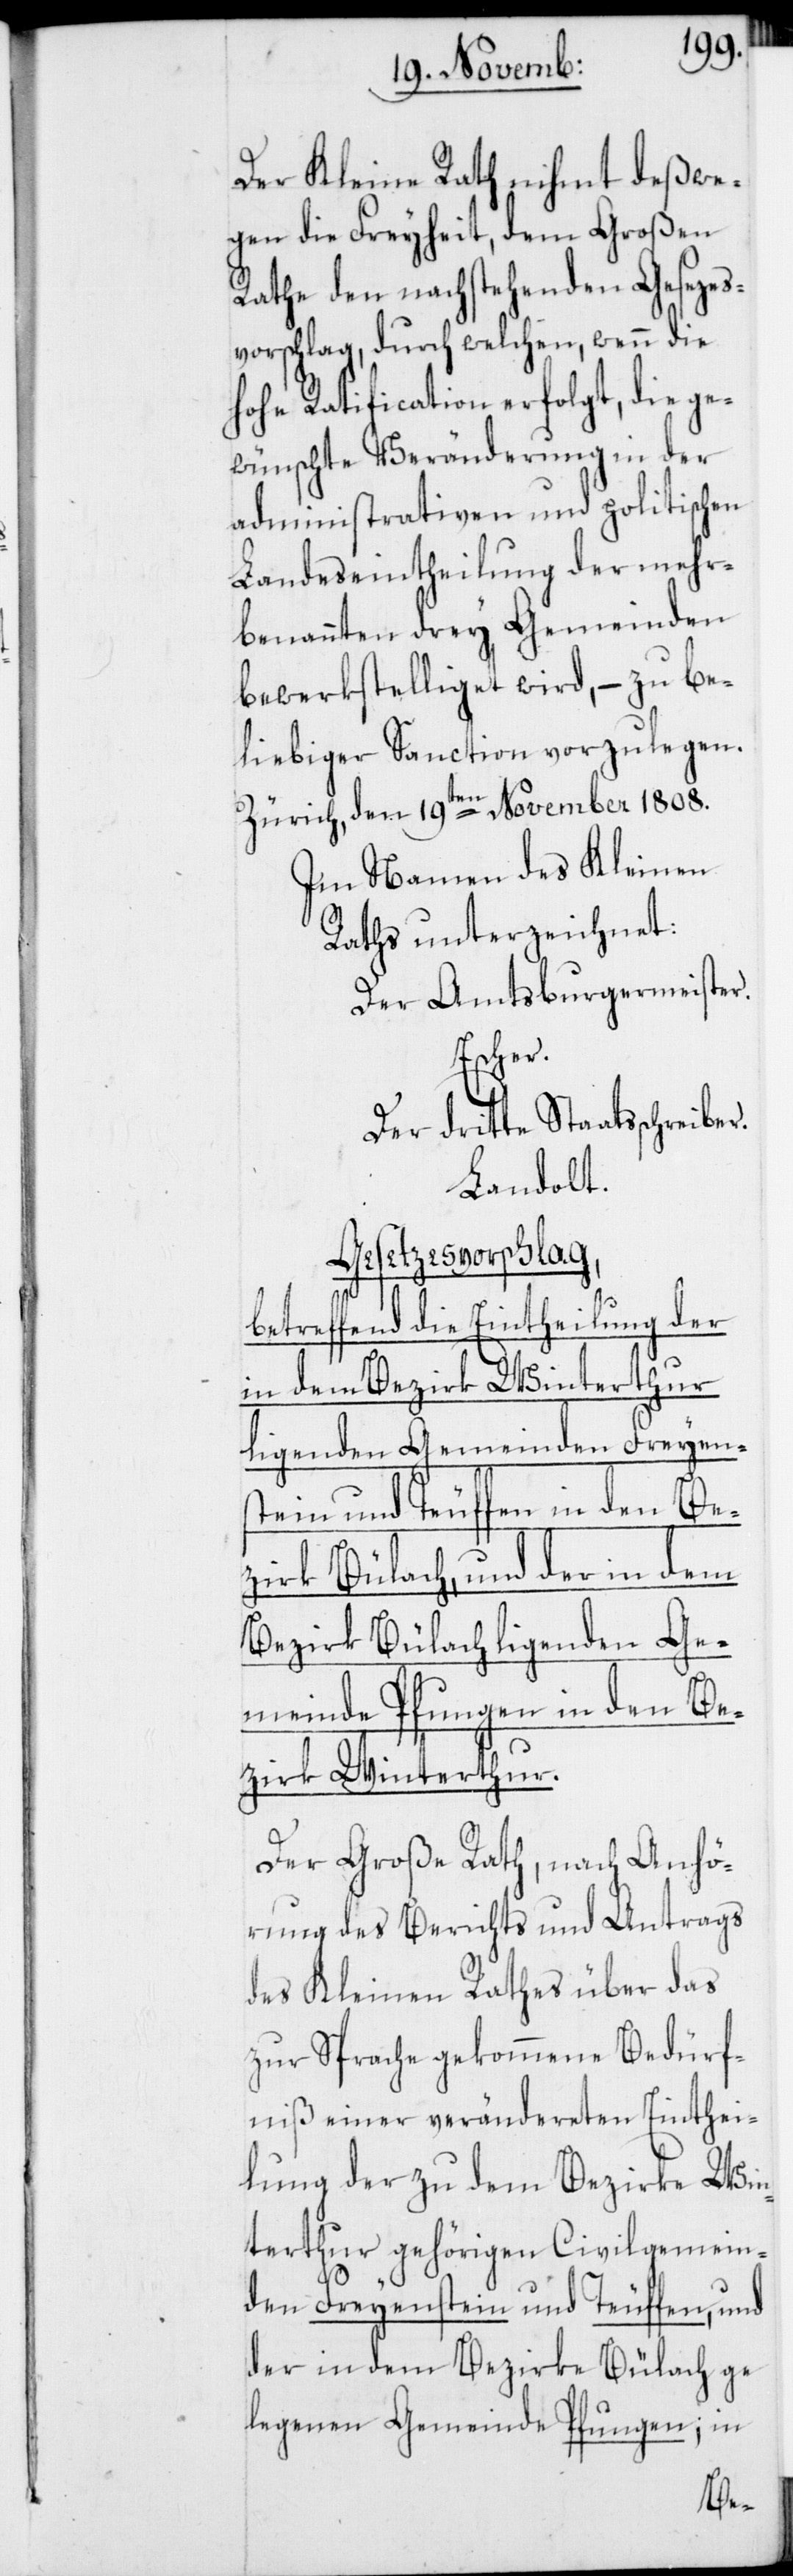
Der Kleine Rath nihmt deßwe¬
gen die Freyheit, dem Großen
Rathe den nachstehenden Gesezes¬
vorschlag, durch welchen, wenn die
hohe Ratification erfolgt, die ge¬
wünschte Veränderung in der
administrativen und politischen
Landeseintheilung der mehr¬
benannten drey Gemeinden
bewerkstelliget wird, – zu be¬
liebiger Sanction vorzulegen.
Zürich, den 19ten November 1808.
Im Namen des Kleinen
Raths unterzeichnet:
Der Amtsburgermeister.
Escher.
Der dritte Staatßchreiber.
Landolt.
Gesetzesvorschlag,
betreffend die Eintheilung der
in dem Bezirk Winterthur
ligenden Gemeinden Freyen¬
stein und Teuffen in den Be¬
zirk Bülach, und der in dem
Bezirk Bülach ligenden Ge¬
meinde Pfungen in den Be¬
zirk Winterthur.
Der Große Rath, nach Anhö¬
rung des Berichts und Antrags
des Kleinen Rathes über das
zur Sprache gekommene Bedürf¬
niß einer verändereten Einthei¬
lung der zu dem Bezirke Win¬
terthur gehörigen Civilgemein¬
den Freyenstein und Teuffen, und
der in dem Bezirke Bülach ge¬
legenen Gemeinde Pfungen, in